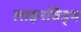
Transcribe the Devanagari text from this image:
लाइनविड्थ